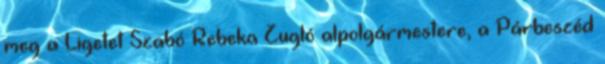
meg a Ligetet Szabó Rebeka Zugló alpolgármestere, a Párbeszéd